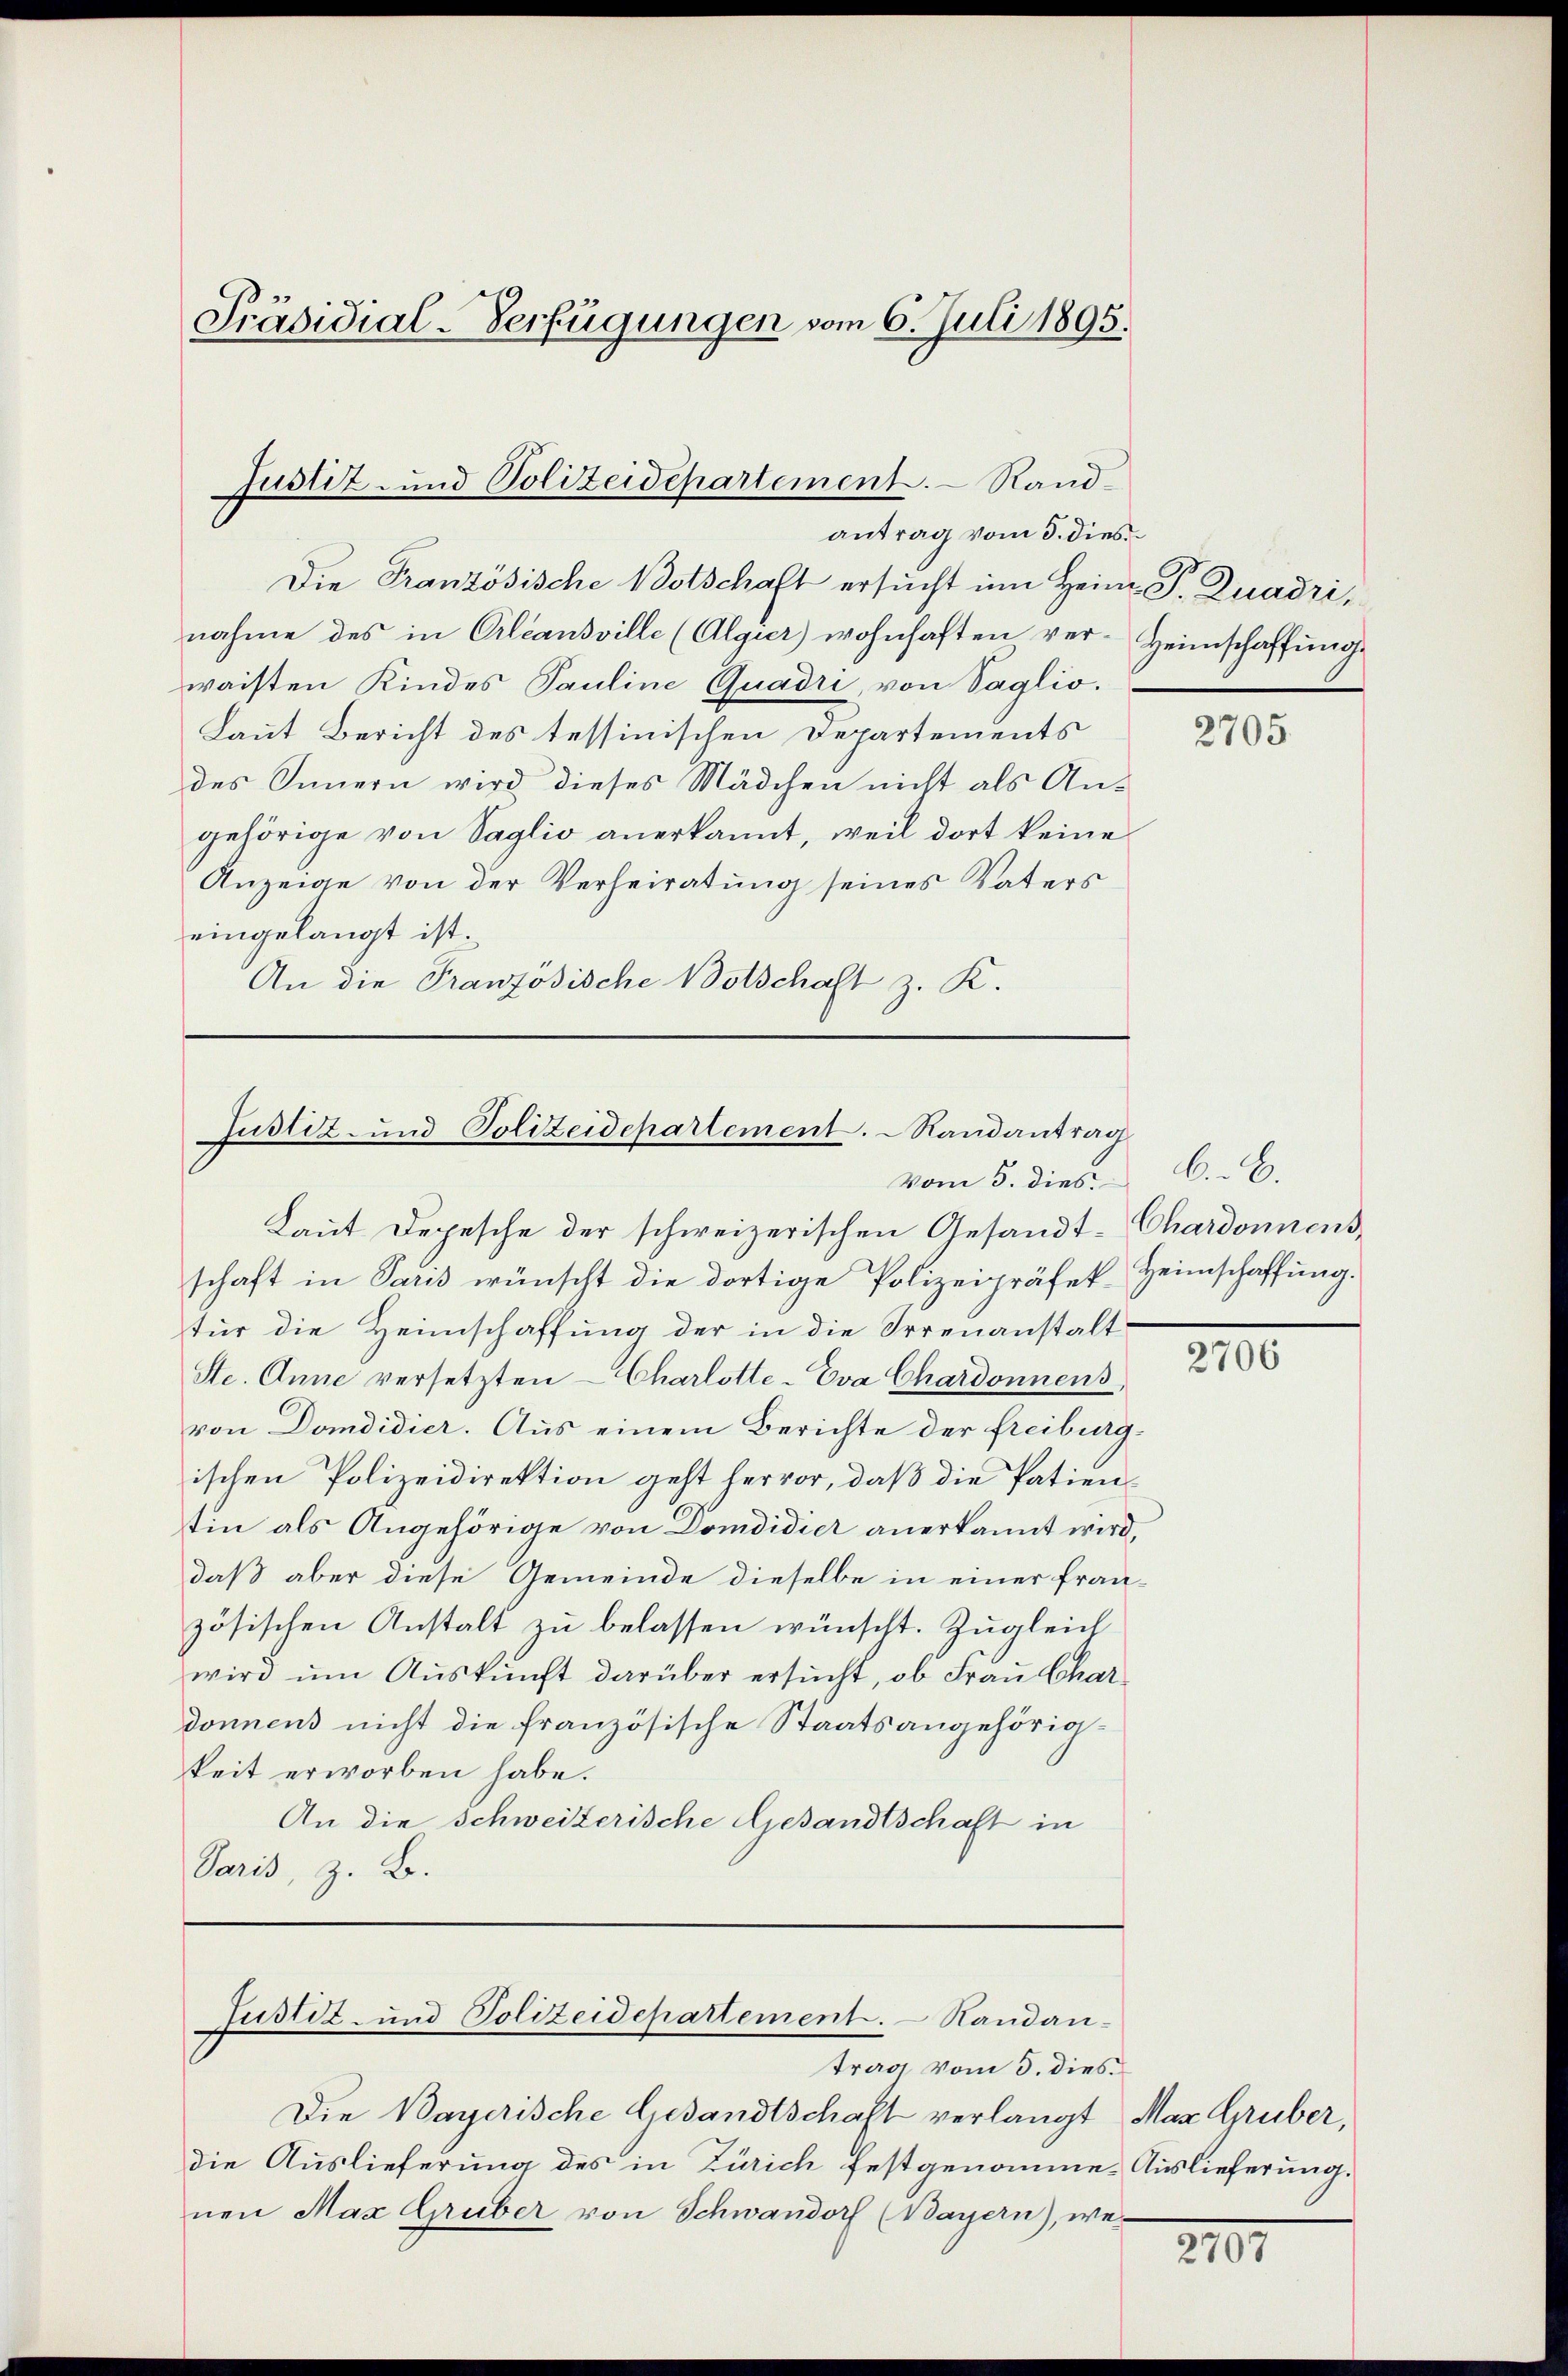
Präsidial-Verfügungen vom 6. Juli 1895.

Die Französische Botschaft ersucht im Heim P. Quadri,
nahme des in Ciliansville (Algier) wohnhaften ver-Heimschaffung
waisten Kindes Pauline Quadri, von Saglio.
Laut Bericht des tessinischen Departements
des Innern wird dieses Mädchen nicht als Angehörige von Saglio anerkannt, weil dort keine
Anzeige von der Verheiratung seines Vaters
eingelangt ist.
An die Französische Botschaft z. K.

Justiz- und Polizeidepartement. Randantrag vom 3. dies

Justiz- und Polizeidepartement.  Randantrag

Justiz- und Polizeidepartement. Randan-
trag vom 5. dies

vom 5. dies
Laut Depesche der schweizerischen Gesandt-Chardonnens,
schaft in Paris wünscht die dortige Polizeipräfek-Heimschaffung.
für die Heimschaffung der in die Irrenanstalt
Ste. Anne versetzten Charlotte-Eva Chardonnens,
von Domdidier. Aus einem Berichte der Freiburgischen Polizeidirektion geht hervor, daß die Patientin als Angehörige von Domdidier anerkannt wird,
daß aber diese Gemeinde dieselbe in einer fran-
zösischen Anstalt zu belassen wünscht. Zugleich
wird um Auskunft darüber ersucht, ob Frau Char
donnens nicht die französische Staatsangehörigkeit erworben habe.
An die Schweizerische Gesandtschaft in
Paris, z. B.

Die Bayerische Gesandtschaft verlangt Max Gruber,
die Auslieferung des in Zürich festgenomme. Auslieferung.
nen Max Gruber von Schwandorf (Bayern), we¬

2705

A. B.

2706

XIII.